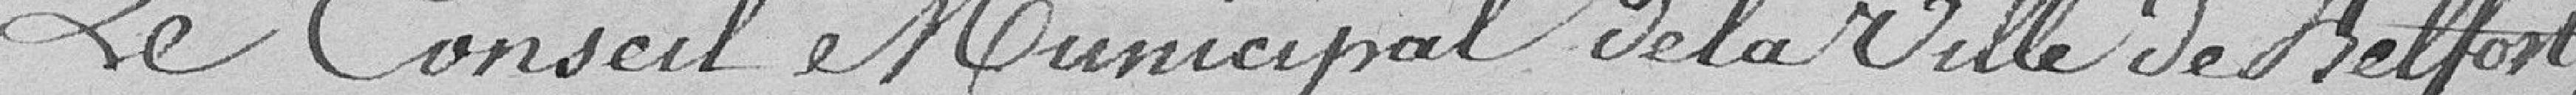
Le Conseil Municipal de la Ville de Belfort,